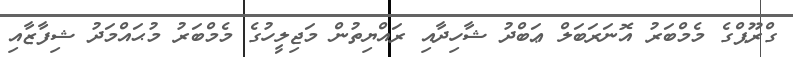
ގްރޫޕްގެ މެމްބަރު އޮނަރަބަލް ޢަބްދު ޝާހިދާއި ރައްޔިތުން މަޖިލީހުގެ މެމްބަރު މުޙައްމަދު ޝިފާޒާއި